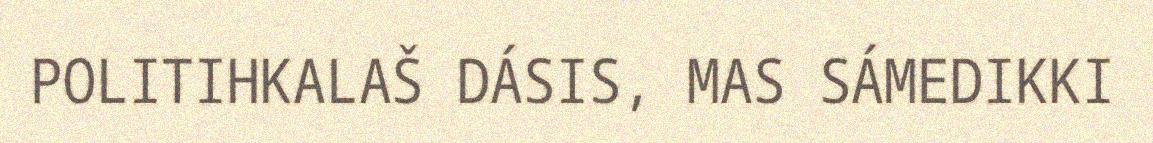
POLITIHKALAŠ DÁSIS, MAS SÁMEDIKKI